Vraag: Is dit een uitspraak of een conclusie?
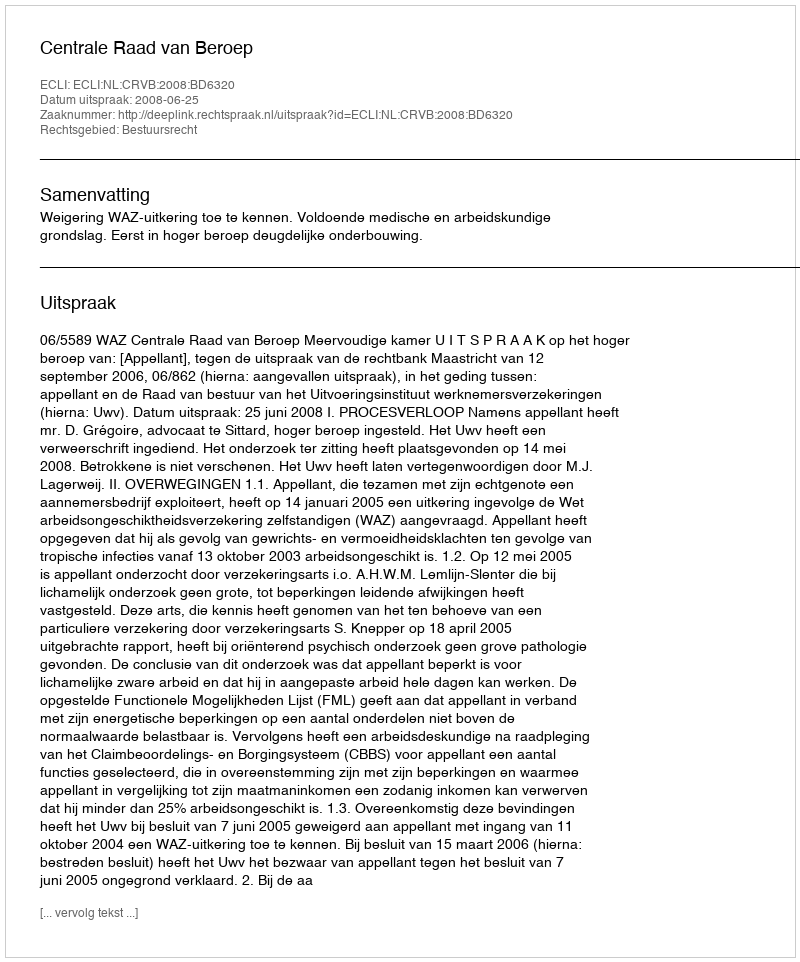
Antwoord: Uitspraak